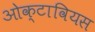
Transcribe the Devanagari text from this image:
ओक्टावियस